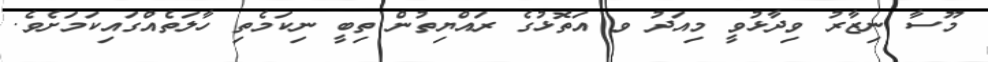
މޫސާ ނިޒާރު ވިދާޅުވީ މިއަދު ވ އަތޮޅުގެ ރައްޔިތުން ތިބީ ނިކަމެތި ހާލަތެއްގައިކަމަށެވެ.